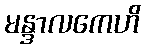
မန္ဒာလကေဟိ